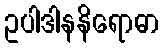
ဥပါဒါနနိရောဓာ